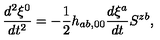
\frac { d ^ { 2 } \xi ^ { 0 } } { d t ^ { 2 } } = - \frac { 1 } { 2 } h _ { a b , 0 0 } \frac { d \xi ^ { a } } { d t } S ^ { z b } ,